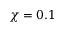
\chi = 0 . 1